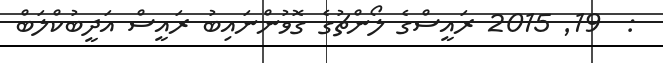
:  19